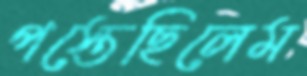
পস্তেছিলেম